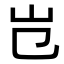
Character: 𡴼